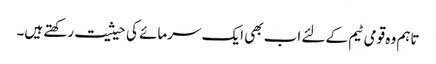
تاہم وہ قومی ٹیم کے لئے اب بھی ایک سرمائے کی حیثیت رکھتے ہیں۔